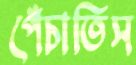
পেঁচাতিস